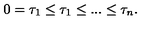
0 = \tau _ { 1 } \leq \tau _ { 1 } \leq . . . \leq \tau _ { n } .